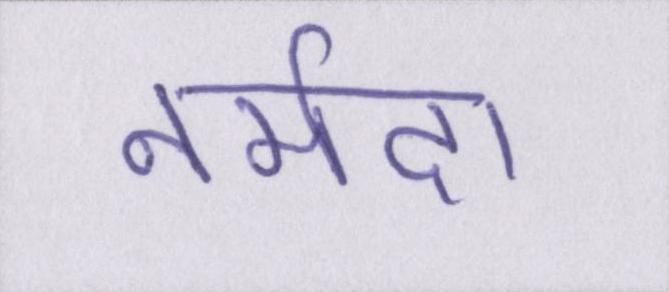
नर्मदा